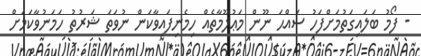
- ފޯމު ބަލައިގަތުމަށްފަހު ސައްޙަ ނޫން މަޢުލޫމާތެއް ހިމެނިފައިވާކަން ނުވަތަ ޝަރުތު ހަމަނުވާކަމަށް